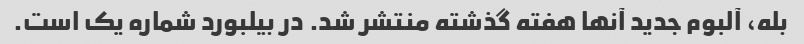
بله، آلبوم جدید آنها هفته گذشته منتشر شد. در بیلبورد شماره یک است.